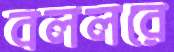
বললরে